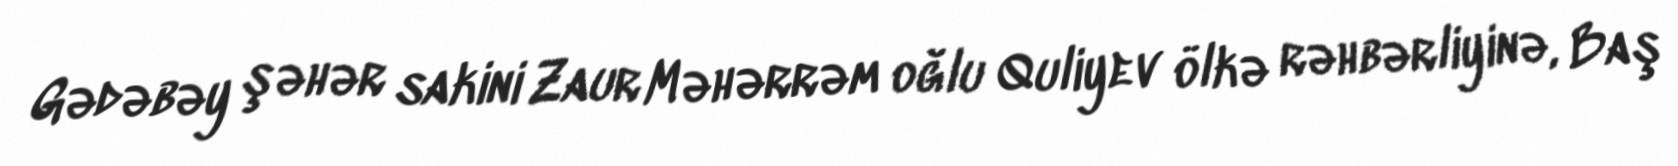
Gədəbəy şəhər sakini Zaur Məhərrəm oğlu Quliyev ölkə rəhbərliyinə, Baş